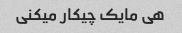
هی مایک چیکار میکنی